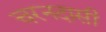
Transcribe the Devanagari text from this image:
चरनदासी